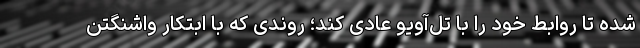
شده تا روابط خود را با تل‌آویو عادی کند؛ روندی که با ابتکار واشنگتن